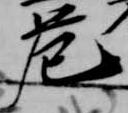
危